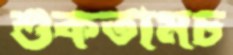
শুকতামচ